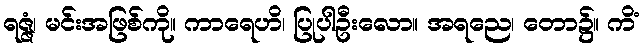
ရဇ္ဇံ၊ မင်းအဖြစ်ကို။ ကာရေဟိ၊ ပြုပါဦးလော။ အရညေ၊ တော၌။ ကိံ